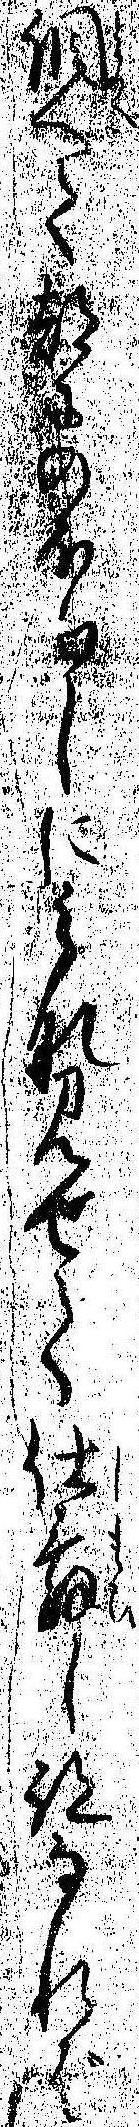
調へて都にのほりしにみな見せて仕舞し跡なれば